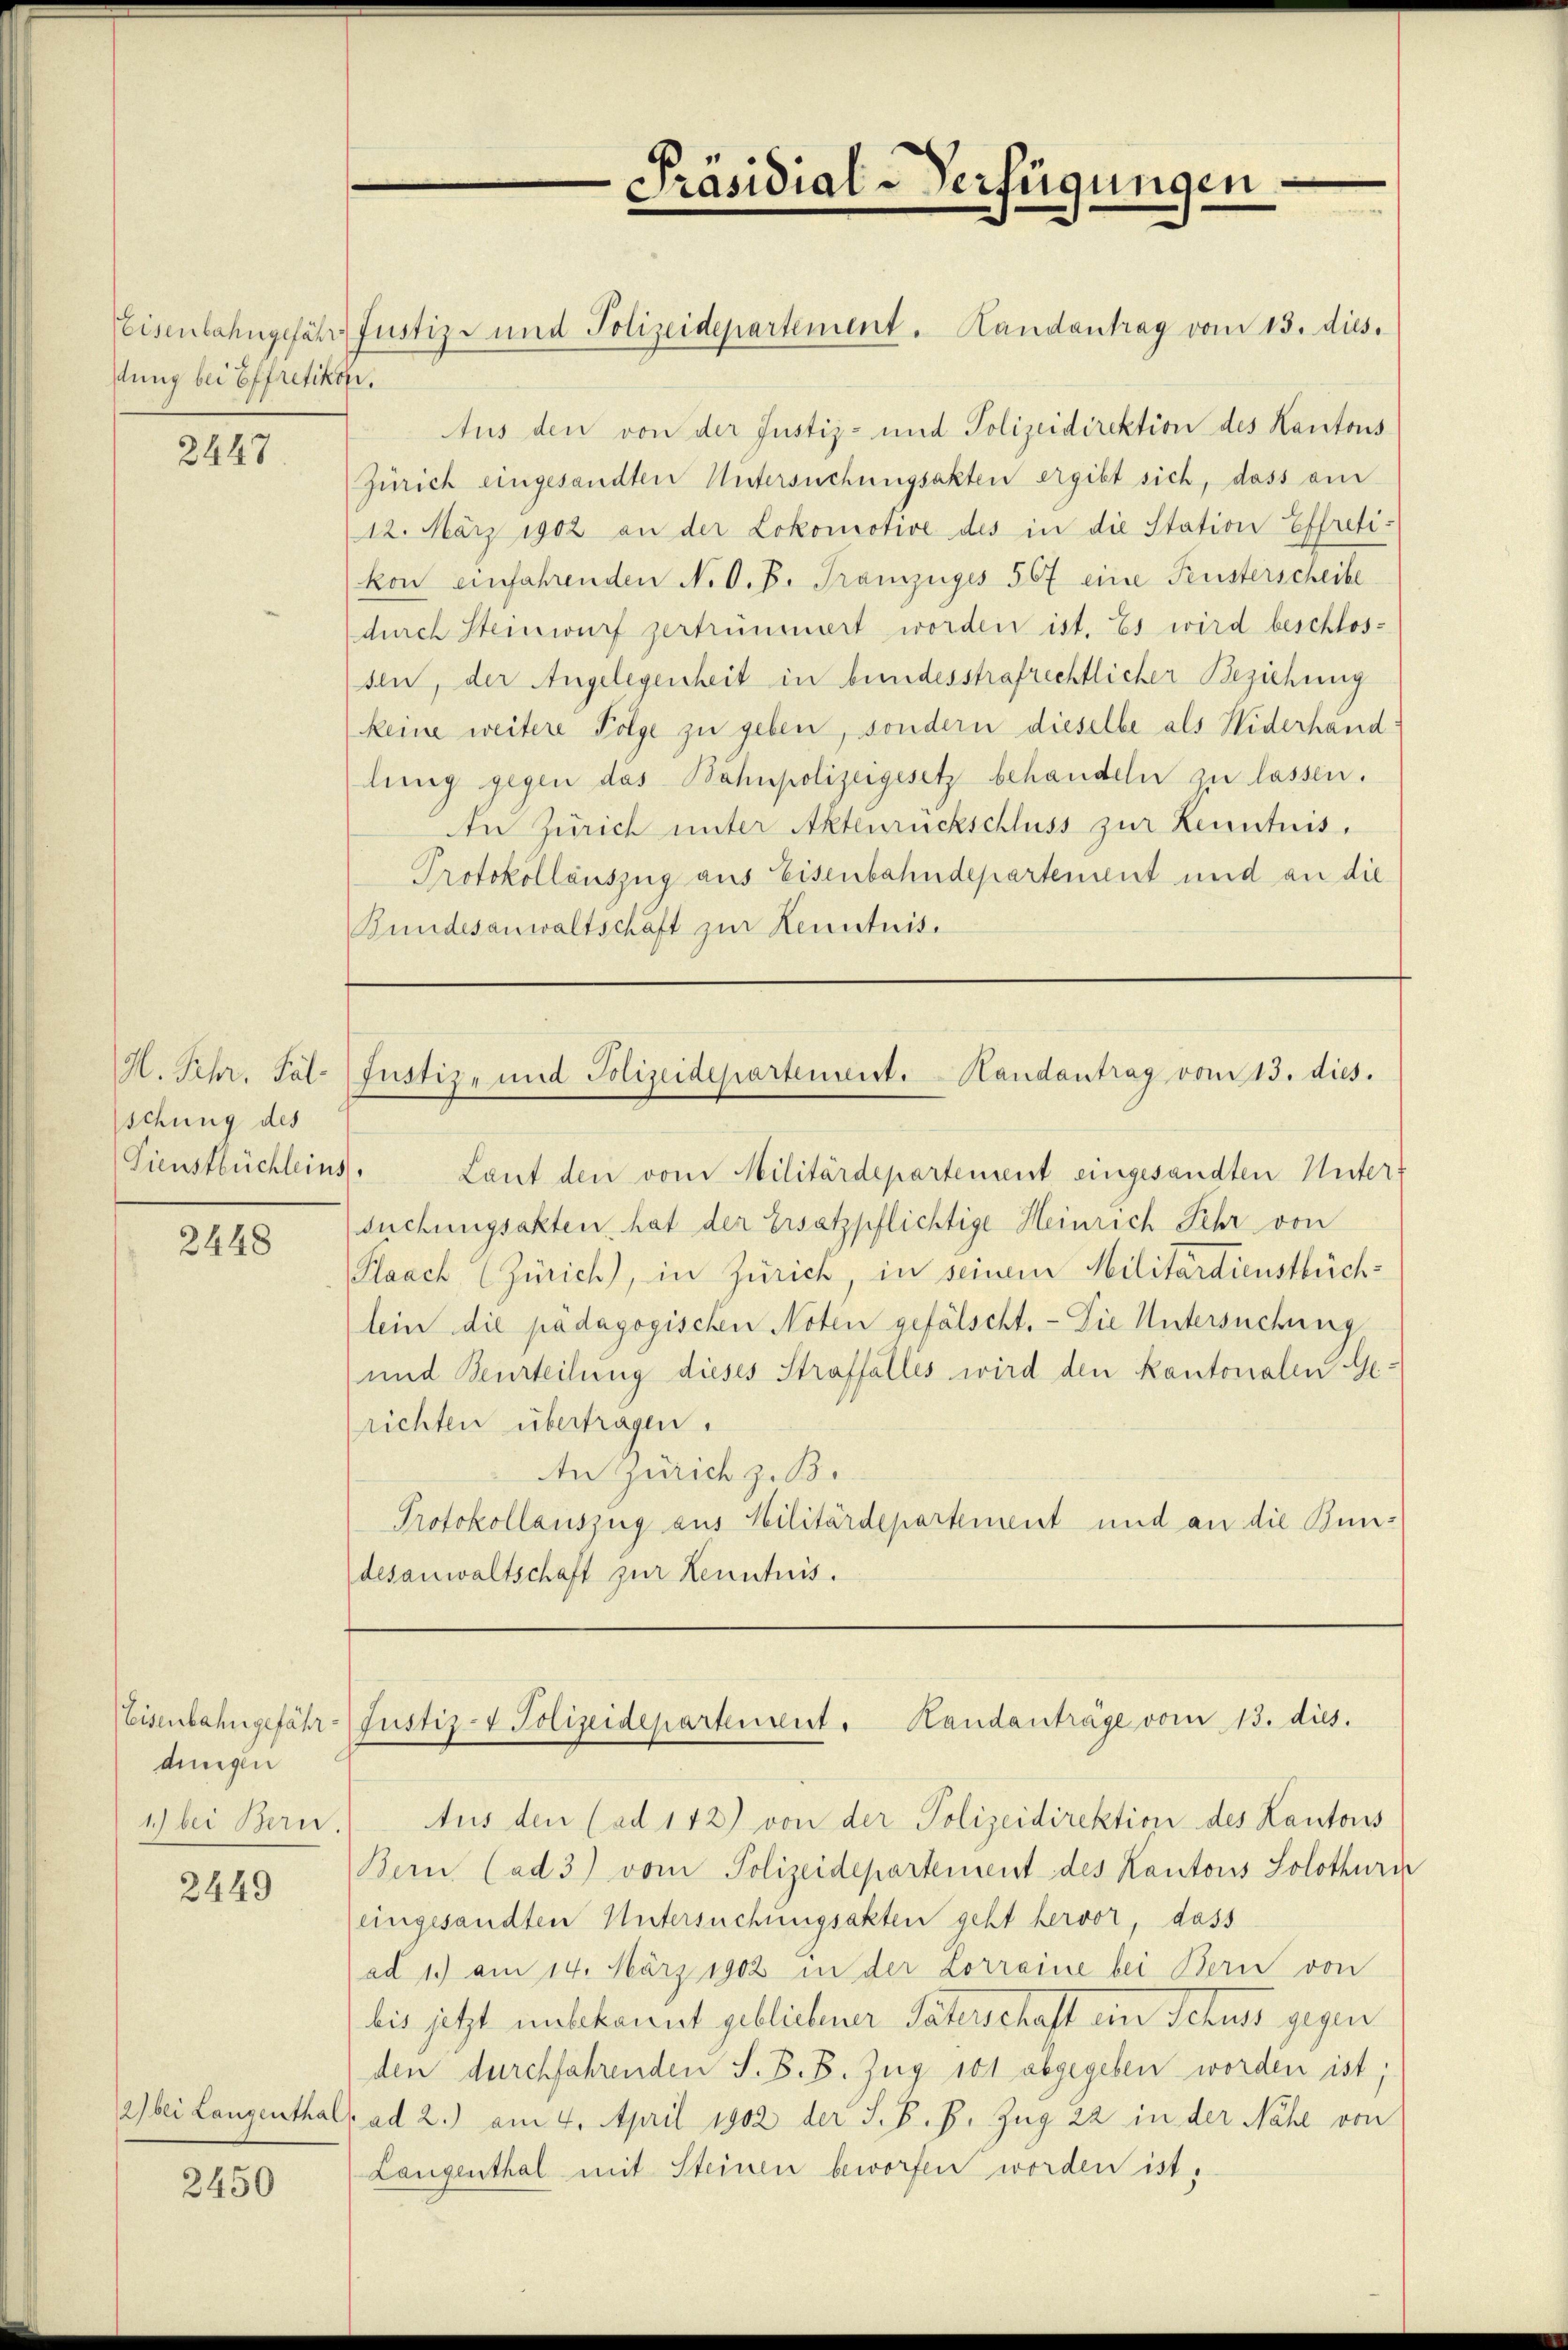
stung bei Effretikon.

2447.

H. Schr. Fäl
schung des

2448

dingen
1) bei Bern.

2449

2450

Präsidial-Verfügungen

Teisenbahngefähr Justiz- und Polizeidepartement. Handantrag vom 13. dies.
Aus den von der Justiz- und Polizeidirektion des Kantons
Zürich eingesandten Untersuchungsakten ergibt sich, dass am
12. März 1902 an der Lokomotive des in die Station Effreti:
kon einfahrenden N. O. B. Tramzuges 567 eine Fensterscheibe
durch Steinwurf zertrümmert worden ist. Es wird beschlos-
sen, der Angelegenheit in bundesstrafrechtlicher Beziehung
keine weitere Folge zu geben, sondern dieselbe als Widerhand:
lung gegen das Bahnpolizeigesetz behandeln zu lassen.
In Zürich unter Aktenrückschluss zur Kenntnis.
Protokollauszug aus Eisenbahndepartement und an die
Bundesanwaltschäft zur Kenntnis.

Justiz- und Polizeidepartement. Handantrag vom 13. dies.

Sienstbüchleins. Laut den vom Militärdepartement eingesandten Untersuchungsakten hat der Ersatzpflichtige Heinrich Sehr von
Plaach (Zürich), in Zürich in seinem Militärdienstbüch-
lein die pädagogischen Noten gefälscht. - Die Untersuchung
und Beurteilung dieses Straffalles wird den Kantonalen Ge-
richten übertragen.
An Zürich z. B.
Protokollauszug aus Militärdepartement und an die Bundesanwaltschaft zur Kenntnis.

Eisenbahngefähr Justiz- & Polizeidepartenreut. Handanträge vom 13. dies.

tus den (ad 142) von der Polizeidirektion des Kantons
Bern (ad 3) vom Polizeidepartement des Kantons Solothur
eingesandten Untersuchungsakten geht hervor, dass
ad 1.) am 14. März 1902 in der Lorraine bei Bern von
bis jetzt unbekannt geblichener Vaterschaft ein Schuss gegen
den durchfahrenden S. B. B. Zug 101 abgegeben worden ist;
2) bei Langenthal. ad 2.) am 4. April 1902 der S. B. H. Zug 22 in der Nähe von
Langenthal mit Steinen beworfen worden ist.